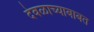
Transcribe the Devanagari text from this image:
देवळाच्याबाबत